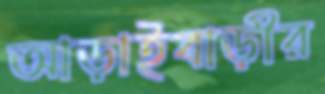
আড়াইবাড়ীর